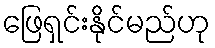
ဖြေရှင်းနိုင်မည်ဟု